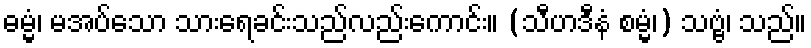
ဓမ္မံ၊ မအပ်သော သားရေခင်းသည်လည်းကောင်း။ (သီဟဒီနံ စမ္မံ၊) သဗ္ဗံ၊ သည်။